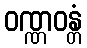
ဝဏ္ဏဝန္တံ